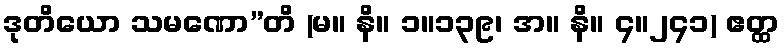
ဒုတိယော သမဏော”တိ (မ။ နိ။ ၁။၁၃၉၊ အ။ နိ။ ၄။၂၄၁) ဧတ္ထ